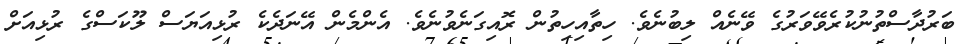
ބަރުދާސްތުނުކުރެވޭވަރުގެ ވޭނެއް ލިބުނެވެ. ހިތާއިހިތުން ރޮއިގަނެވުނެވެ. އެންމެން އޭނަދެކެ ރުޅިއަޔަސް ލޫކަސްގެ ރުޅިއަށް